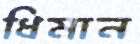
ধিমান